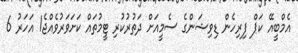
އެމްބީއޭ ކަޕް ފިރިހެން ޑިވިޝަންގެ ސެމީއަށް ދަތުރުކުރި ޓީމުތައް ކަށަވަރުވެއްޖެ1 އަހަރު 6